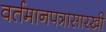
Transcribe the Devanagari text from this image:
वर्तमानपत्रासारखी